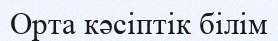
Орта кәсіптік білім